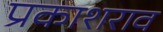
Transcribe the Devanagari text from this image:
प्रकाशराव